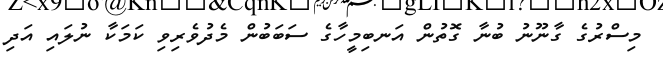
މިސްރުގެ ގާނޫނު ބުނާ ގޮތުން އަނބިމީހާގެ ސަބަބުން މެދުވެރިވި ކަމަކާ ނުލައި އަދި